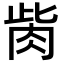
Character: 胔